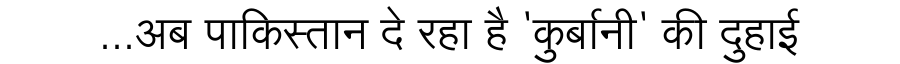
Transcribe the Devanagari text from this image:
...अब पाकिस्तान दे रहा है 'कुर्बानी' की दुहाई